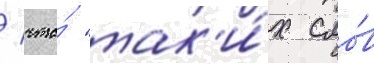
/ что́ "так'и́х сло́в